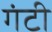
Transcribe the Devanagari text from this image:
गंटी